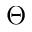
\Theta